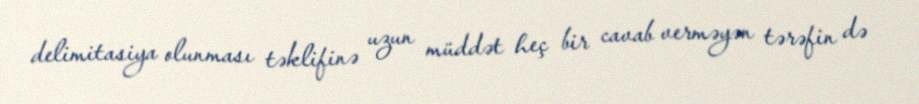
delimitasiya olunması təklifinə uzun müddət heç bir cavab verməyən tərəfin də